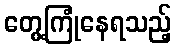
တွေ့ကြုံနေရသည့်